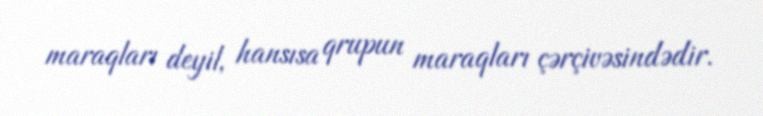
maraqları deyil, hansısa qrupun maraqları çərçivəsindədir.